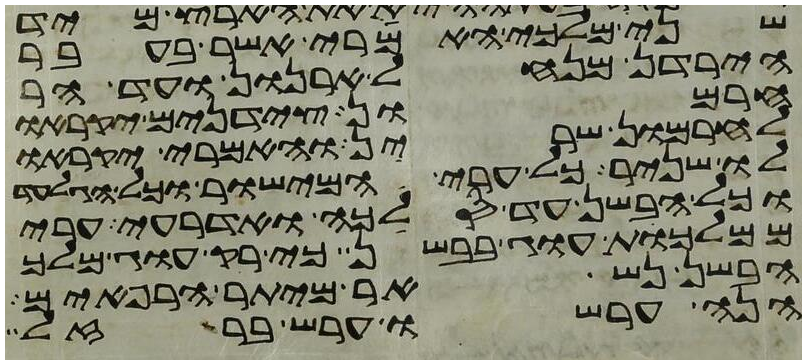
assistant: שני מלכי האמרי אשר בעבר
הירדן מנחל ארנן ועד הר
חרמון צידנים יקראו
לחרמון שרין והאמרי יקראו
לו שניר כל ערי המישור וכל הגלעד
וכל הבשן עד סלכה ואדרעי ערי
ממלכת עוג בבשן כי רק עוג מלך
הבשן נשאר מיתר הרפאים
הנה ערשו ערש ברזל